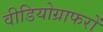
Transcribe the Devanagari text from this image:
वीडियोग्राफरों